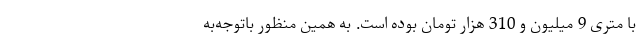
با متری 9 میلیون و 310 هزار تومان بوده است. به همین منظور باتوجه‌به